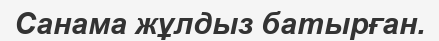
Санама жұлдыз батырған.